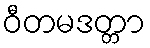
ဝီတမဒတ္တာ